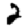
Digit: 2